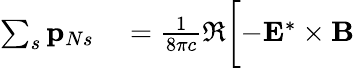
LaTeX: \begin{array}{rl}{\sum_{s}\mathbf{p}_{Ns}}&{{}=\frac{1}{8\pi c}\Re\biggl[-\mathbf{E}^{*}\times\mathbf{B}}\end{array}